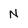
Character: N